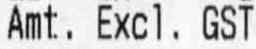
AMT. EXCL. GST